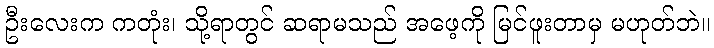
ဦးလေးက ကတုံး၊ သို့ရာတွင် ဆရာမသည် အဖေ့ကို မြင်ဖူးတာမှ မဟုတ်ဘဲ။